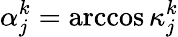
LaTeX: {\alpha}_{j}^{k}=\operatorname{arccos}\kappa_{j}^{k}